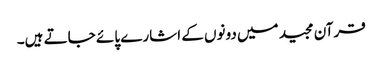
قرآن مجید میں دونوں کے اشارے پائے جاتے ہیں۔